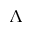
\Lambda